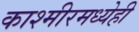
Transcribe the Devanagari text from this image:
काश्मीरमध्येही